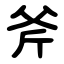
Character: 斧